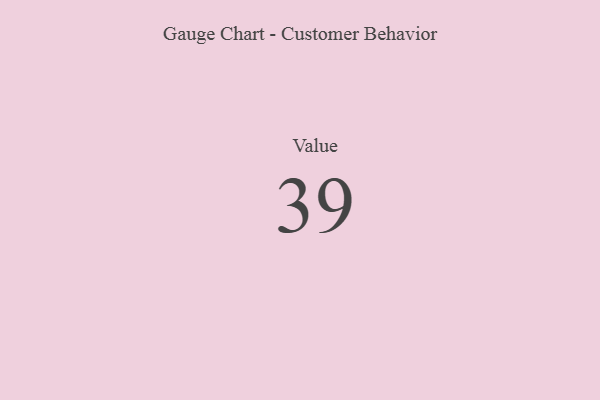
{"axis": {"x": "Metric", "y": "Value"}, "legend": [""], "data": [{"x": "Value", "y": 39, "type": ""}]}